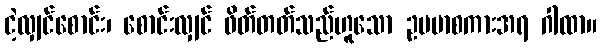
ငဲ့လျှင်စောင်း၊ စောင်းလျှင် ဖိတ်တတ်သည်ဟူသော ဥပမာစကားအရ ဂါထာ။